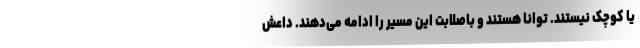
یا کوچک نیستند. توانا هستند و باصلابت این مسیر را ادامه می‌دهند. داعش